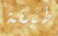
طبقة